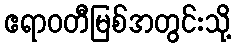
ဧရာဝတီမြစ်အတွင်းသို့